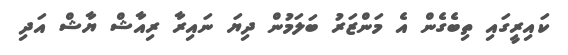
ކައިރީގައި ތިބެގެން އެ މަންޒަރު ބަލަމުން ދިޔަ ނައިރާ ރިއާޝް ޔާޝް އަދި